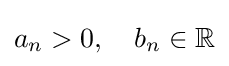
a_{n}>0,\quad b_{n}\in \mathbb {R}